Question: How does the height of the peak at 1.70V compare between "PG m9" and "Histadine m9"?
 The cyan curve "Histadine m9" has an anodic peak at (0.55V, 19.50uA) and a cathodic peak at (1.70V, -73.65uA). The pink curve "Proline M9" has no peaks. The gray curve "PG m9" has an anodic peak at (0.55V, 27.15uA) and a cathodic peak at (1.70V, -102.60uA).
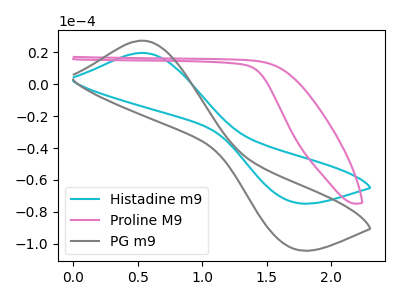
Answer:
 <answer>The peak at 1.70V is higher in "PG m9" than in "Histadine m9".</answer>
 <eval>higher</eval>